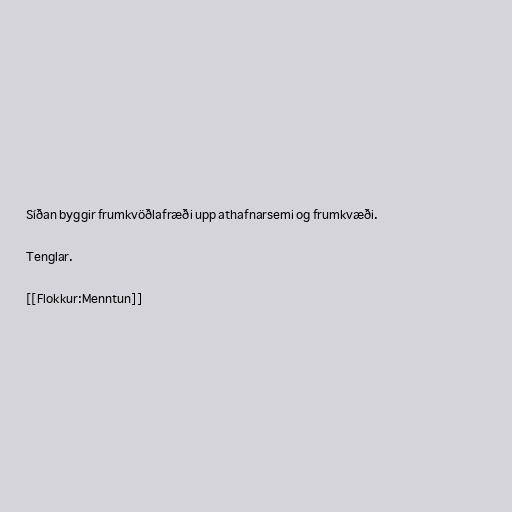
Síðan byggir frumkvöðlafræði upp athafnarsemi og frumkvæði.

Tenglar.

[[Flokkur:Menntun]]